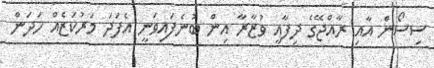
ސިސޯން އާއި ރާއްޖޭގެ ދިފާއީ ވުޒާރާ އިން ބުނެފައިވަނީ އެފަދަ މަރުކަޒެއް ހަދަން